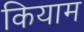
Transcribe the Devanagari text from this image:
कियाम